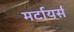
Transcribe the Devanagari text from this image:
मर्टायर्स